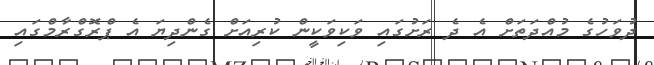
ދުވަހުގެ މުއްދަތަށް އެ ދެ ރަށުގައި ވަކިވަކީން ކުރިއަށް ގެންދިޔަ އެ ޕްރޮގްރާމްގައި